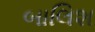
બાલિશ